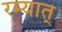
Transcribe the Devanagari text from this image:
रम्यात्